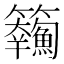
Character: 𩽘